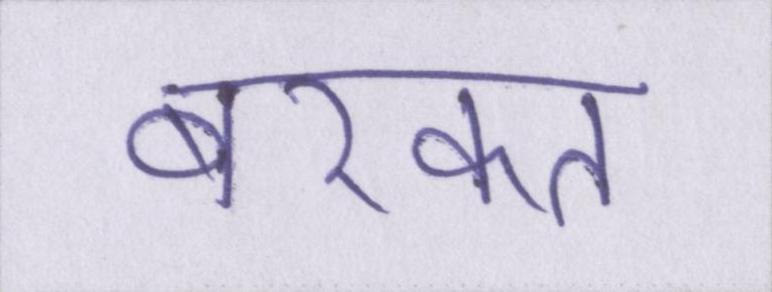
बरकत